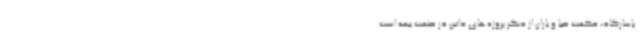
پاسارگاد، حکمت صبا و باران از دیگر پروژه‌های داتین در صنعت بیمه است